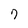
Character: 7